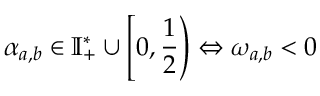
\alpha _ { a , b } \in \mathbb { I } _ { + } ^ { * } \cup \left[ 0 , \frac { 1 } { 2 } \right) \Leftrightarrow \omega _ { a , b } < 0